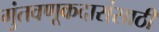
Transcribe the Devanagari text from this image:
गुंतवणूकदारांसाठी